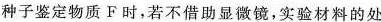
种子鉴定物质F时，若不借助显微镜，实验材料的处